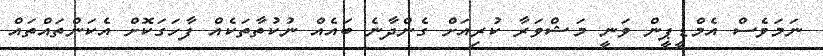
ނަމަވެސް އެމްޑީޕީން ވަނީ މަޝްވަރާ ކުރިއަށް ގެންދާނެ ބައެއް ނުކުތާތަކެއް ފާހަގަކޮށް އެކަންތައްތައް